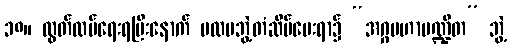
၁၈။ လွတ်လပ်ရေးရပြီးနောက် ပထမဘွဲ့တံဆိပ်ပေးရာ၌ “အဂ္ဂမဟာပဏ္ဍိတ” ဘွဲ့